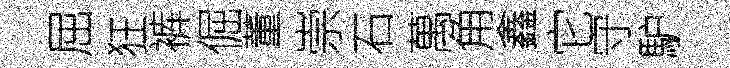
屈狂裤倔董崇石萬角鑫它守馿